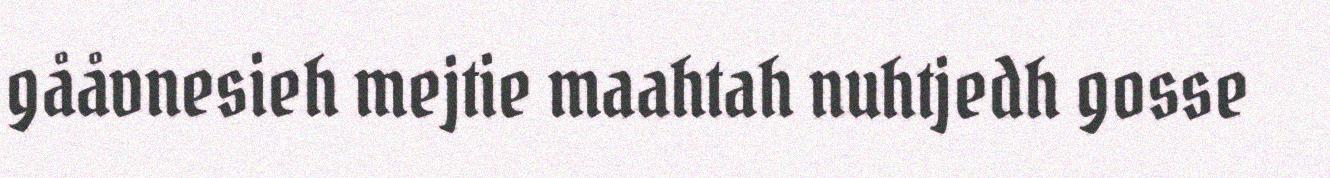
gååvnesieh mejtie maahtah nuhtjedh gosse